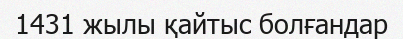
1431 жылы қайтыс болғандар